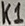
Text: K1